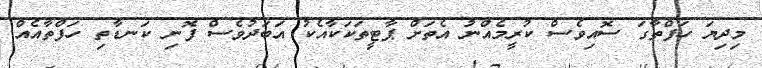
މިދިޔަ ހަފްތާގަ ސޮއިވެސް ކުރީމެއްނު އެތަށް ޕާޓީތަކަކާއެކު އަބަދުވެސް ފޮނި ކަނޑާތި ހަފްތާއެއް